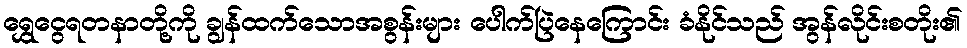
ရွှေငွေရတနာတို့ကို ချွန်ထက်သောအစွန်းများ ပေါက်ပြဲနေကြောင်း ခံနိုင်သည် အွန်လိုင်းစတိုး၏